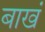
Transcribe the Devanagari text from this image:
बाखं